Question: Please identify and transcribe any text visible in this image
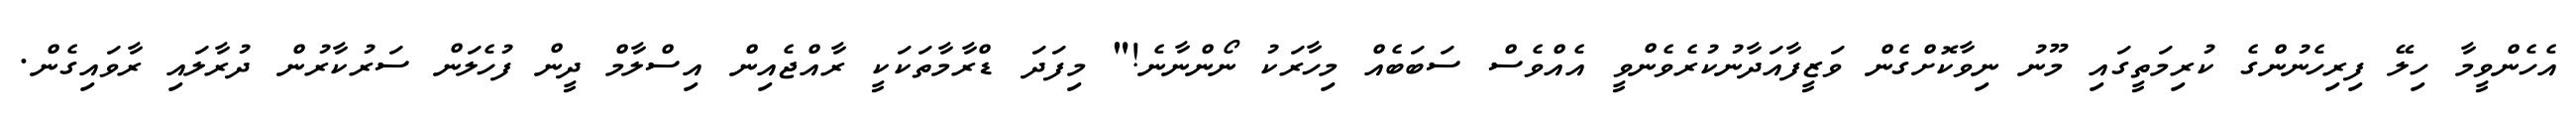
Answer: އެހެންވީމާ ހިލޭ ފިރިހެނުންގެ ކުރިމަތީގައި މޫނު ނިވާކޮށްގެން ވަޒީފާއަދާނުކުރެވެންވީ އެއްވެސް ސަބަބެއް މިހާރަކު ނޯންނާނެ!" މިފަދަ ޑްރާމާތަކަކީ ރާއްޖެއިން އިސްލާމް ދީން ފުހެލަން ސަރުކާރުން ދުރާލައި ރާވައިގެން.